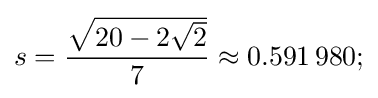
s={\frac {\sqrt {20-2{\sqrt {2}}}}{7}}\approx 0.591\,980;